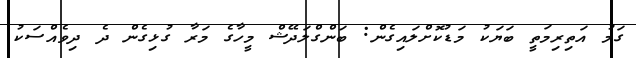
ގަމު އަތިރިމަތީ ބަޔަކު މަޑުކޮށްލައިގެން: ބަންގްލަދޭޝް މީހާގެ މަރާ ގުޅިގެން ދެ ދިވެއްސަކު